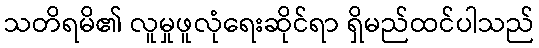
သတိရမိ၏ လူမှုဖူလုံရေးဆိုင်ရာ ရှိမည်ထင်ပါသည်